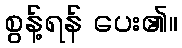
စွန့်ရန် ပေး၏။